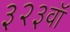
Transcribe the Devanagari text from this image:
३२३वॉ